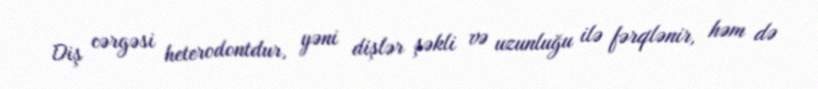
Diş cərgəsi heterodontdur, yəni dişlər şəkli və uzunluğu ilə fərqlənir, həm də